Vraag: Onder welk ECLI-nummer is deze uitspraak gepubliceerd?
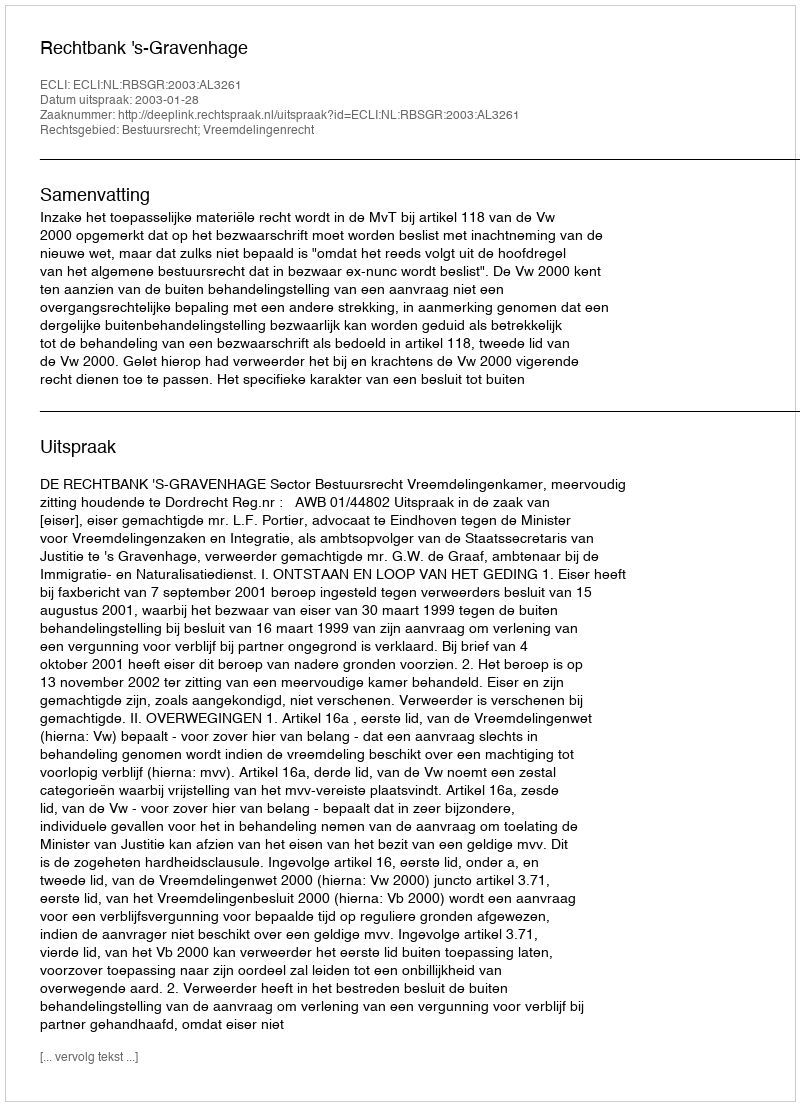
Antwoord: ECLI:NL:RBSGR:2003:AL3261